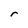
Character: r